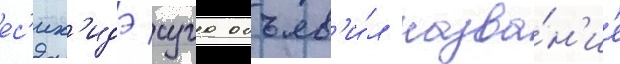
ес'их'идэ суга объяв'и́л назва́н'ие